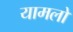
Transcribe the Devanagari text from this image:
यामलों